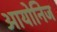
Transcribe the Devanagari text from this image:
आयोनिज